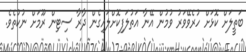
ބަތީލަށް ކޮޅަށް ހުރެވޭވަރު ވުމުން އޭނާ އަތުލަފިކޮށްލައިގެން ދާރާ ސިޓިން ރޫމަށް ނުކުތެވެ.